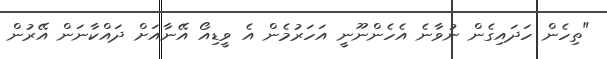
"ތިހެން ހަދައިގެން ނުވާނެ އެހެންނޫނީ އަހަރުމެން އެ ވީޑިއޯ އޭނާއަށް ދައްކާނަން އޭރުން